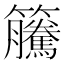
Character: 𥸎